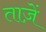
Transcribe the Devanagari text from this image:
ताज़ें